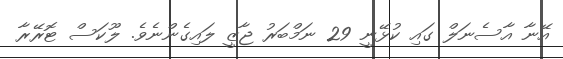
އޭނާ އާސެނަލް ގައި ކުޅޭނީ 29 ނަމްބަރު ޖާޒީ ލައިގެންނެވެ. ލޫކަސް ޓޮރޭރާ